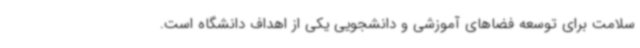
سلامت برای توسعه فضاهای آموزشی و دانشجویی یکی از اهداف دانشگاه است.